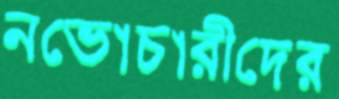
নভোচারীদের